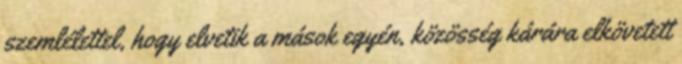
szemlélettel, hogy elvetik a mások egyén, közösség kárára elkövetett